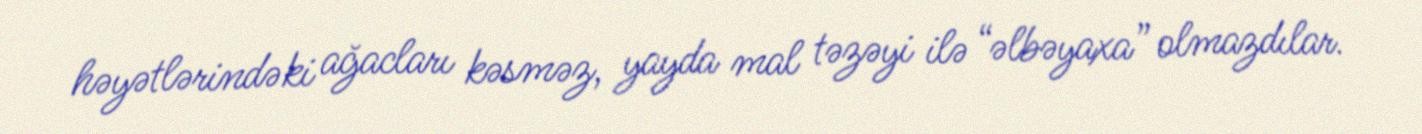
həyətlərindəki ağacları kəsməz, yayda mal təzəyi ilə “əlbəyaxa” olmazdılar.